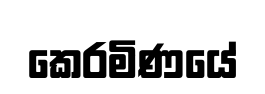
කෙරමිණයේ